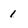
Character: 1